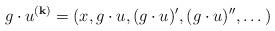
LaTeX: \begin{align*}g\cdot u^{{\bf (k)}} = (x, g\cdot u, (g\cdot u)', (g\cdot u)'', \dots )\end{align*}